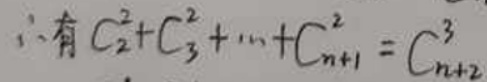
$\therefore $有$ C_{2}^{2}+C_{3}^{2}+\cdots +C_{n + 1}^{2}=C_{n + 2}^{3}$